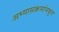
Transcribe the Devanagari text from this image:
अभ्यासक्रमांमधून